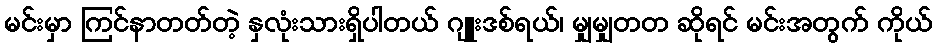
မင်းမှာ ကြင်နာတတ်တဲ့ နှလုံးသားရှိပါတယ် ဂျူးဒစ်ရယ်၊ မျှမျှတတ ဆိုရင် မင်းအတွက် ကိုယ်